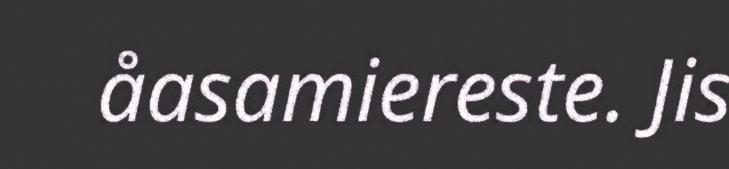
åasamiereste. Jis